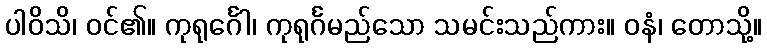
ပါဝိသိ၊ ဝင်၏။ ကုရုင်္ဂေါ၊ ကုရုင်္ဂမည်သော သမင်းသည်ကား။ ဝနံ၊ တောသို့။